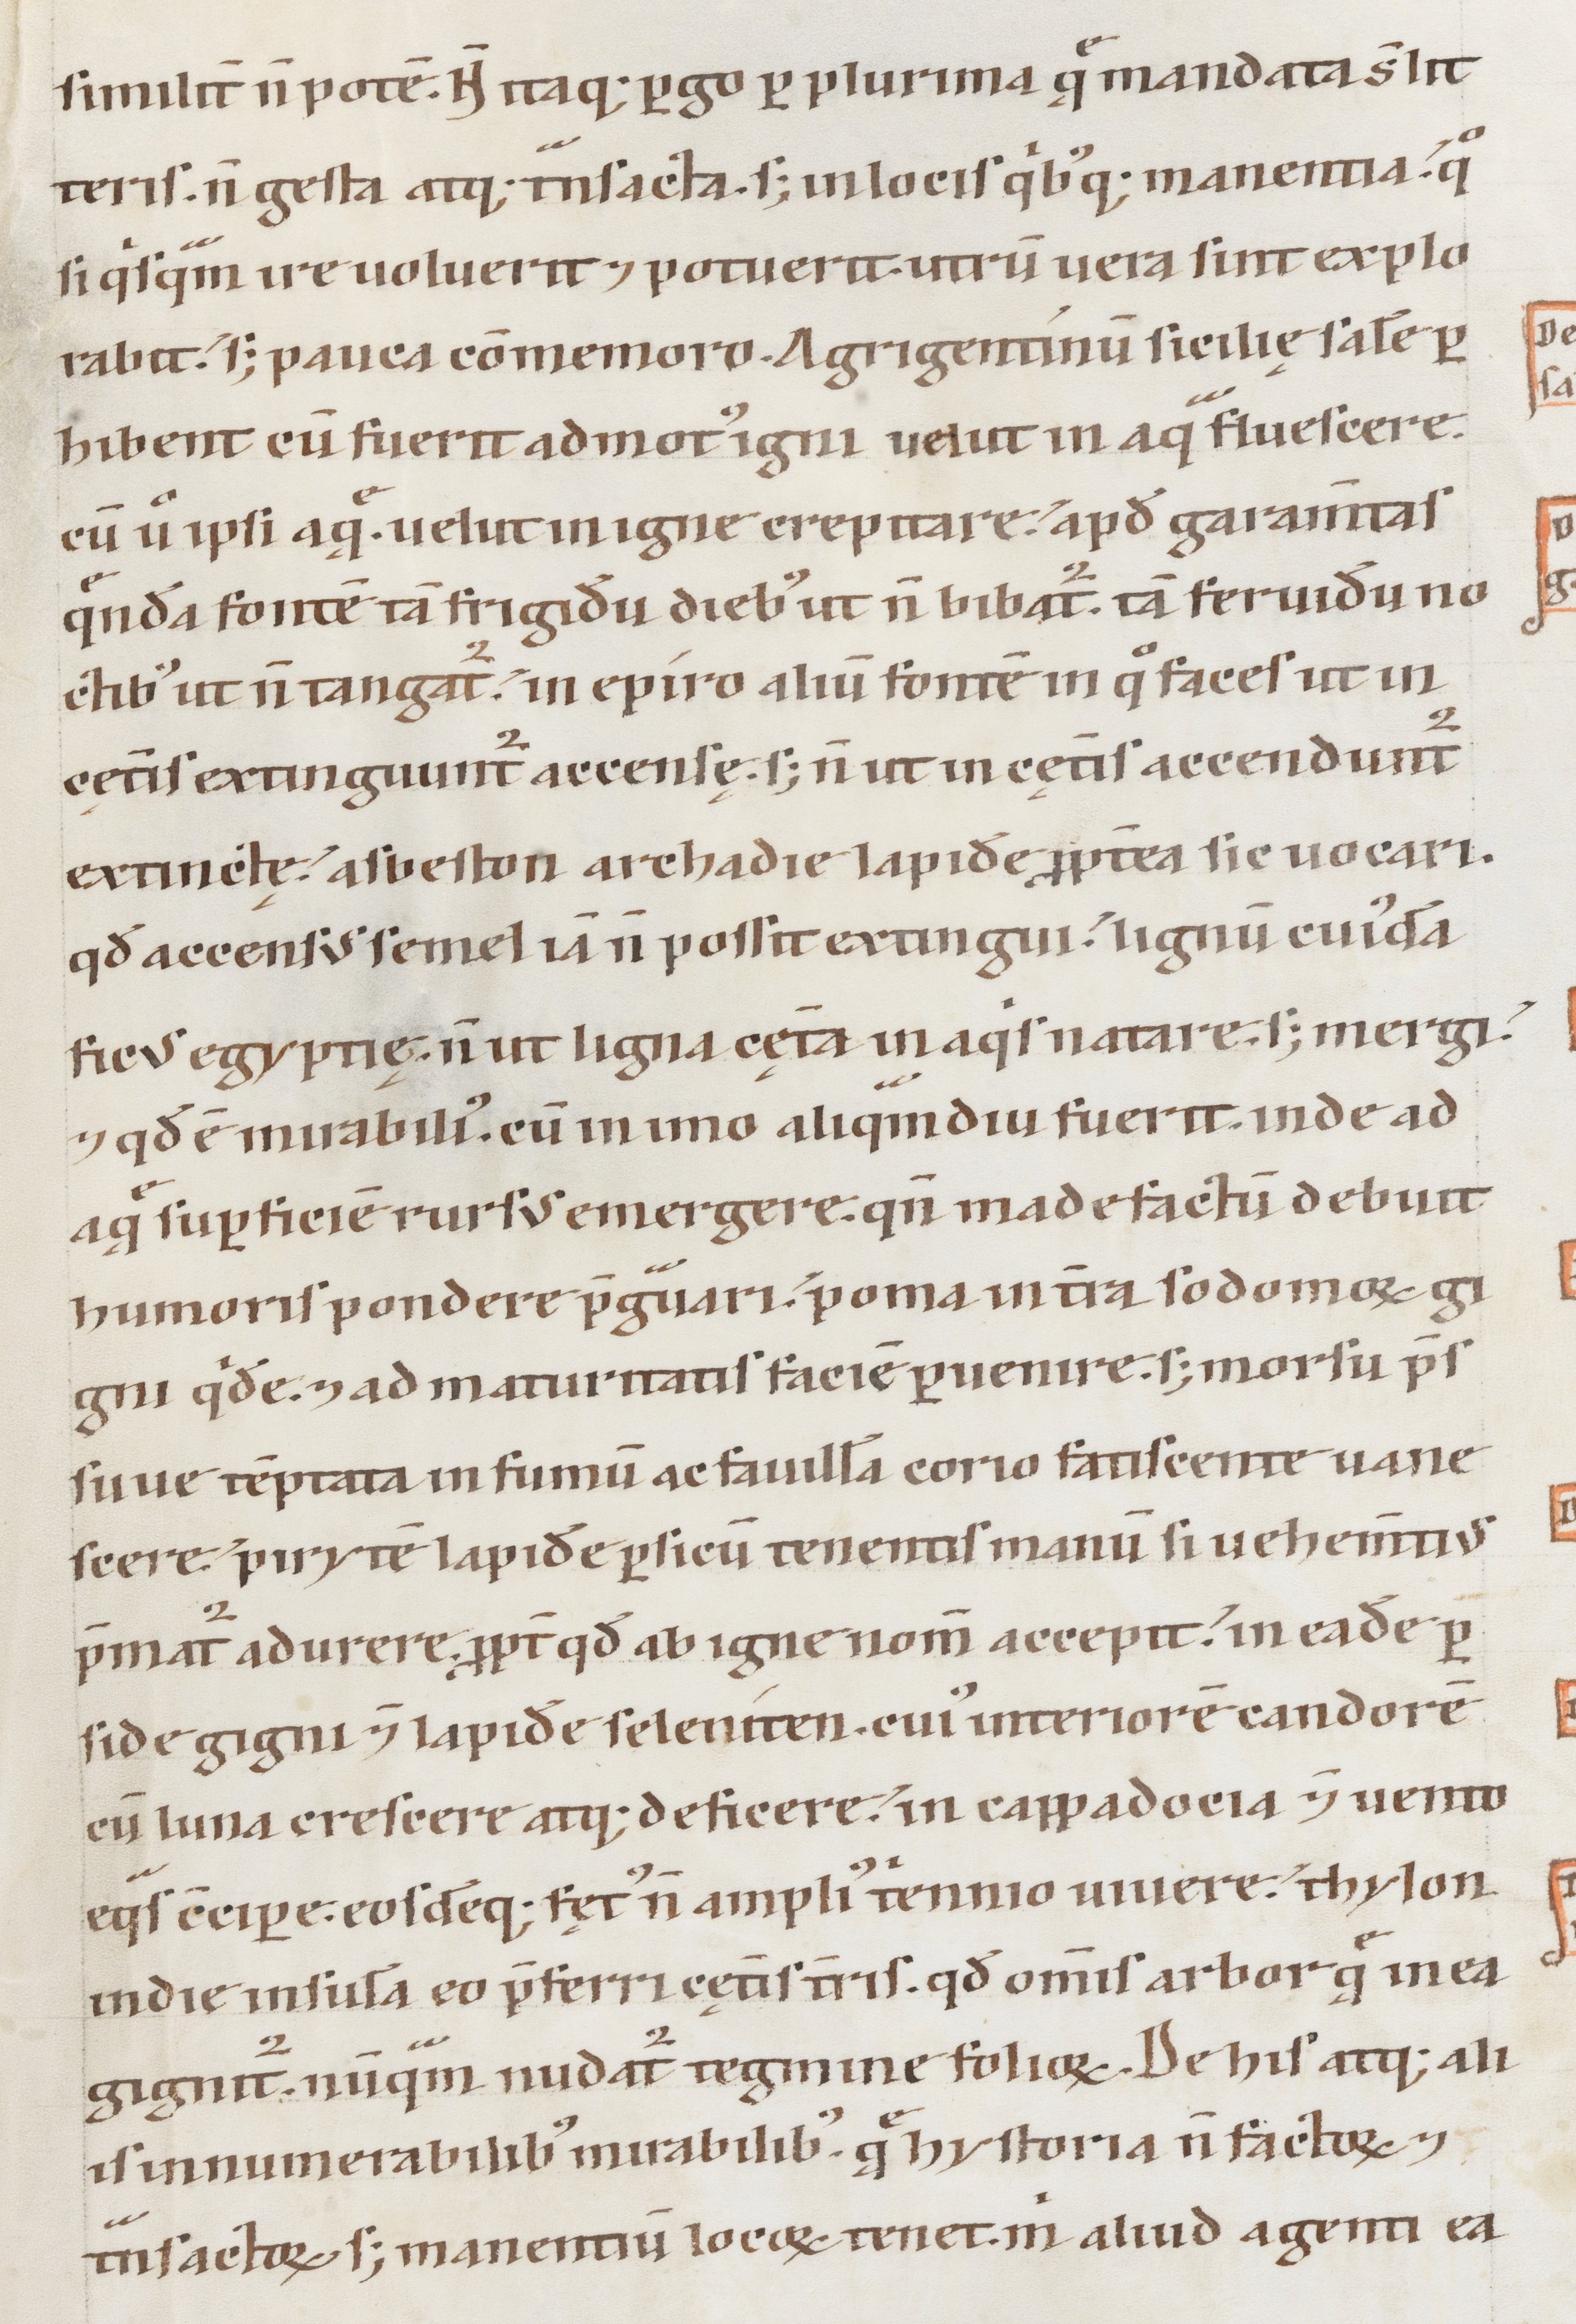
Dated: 1147–1178